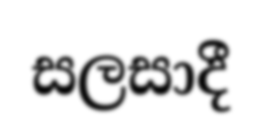
සලසාදී